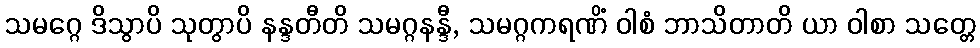
သမဂ္ဂေ ဒိသွာပိ သုတွာပိ နန္ဒတီတိ သမဂ္ဂနန္ဒီ, သမဂ္ဂကရဏိံ ဝါစံ ဘာသိတာတိ ယာ ဝါစာ သတ္တေ